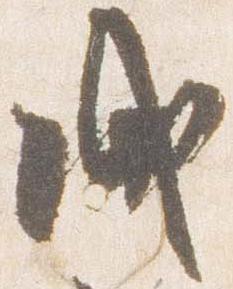
成